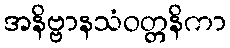
အနိဗ္ဗာနသံဝတ္တနိကာ